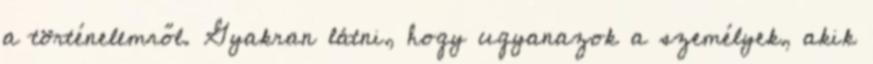
a történelemről. Gyakran látni, hogy ugyanazok a személyek, akik